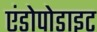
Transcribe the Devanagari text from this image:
एंडोपोडाइट